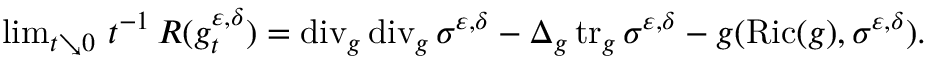
\begin{array} { r } { \operatorname* { l i m } _ { t \searrow 0 } \, t ^ { - 1 } \, R ( g _ { t } ^ { \varepsilon , \delta } ) = \operatorname { d i v } _ { g } \operatorname { d i v } _ { g } \sigma ^ { \varepsilon , \delta } - \Delta _ { g } \operatorname { t r } _ { g } \sigma ^ { \varepsilon , \delta } - g ( \operatorname { R i c } ( g ) , \sigma ^ { \varepsilon , \delta } ) . } \end{array}